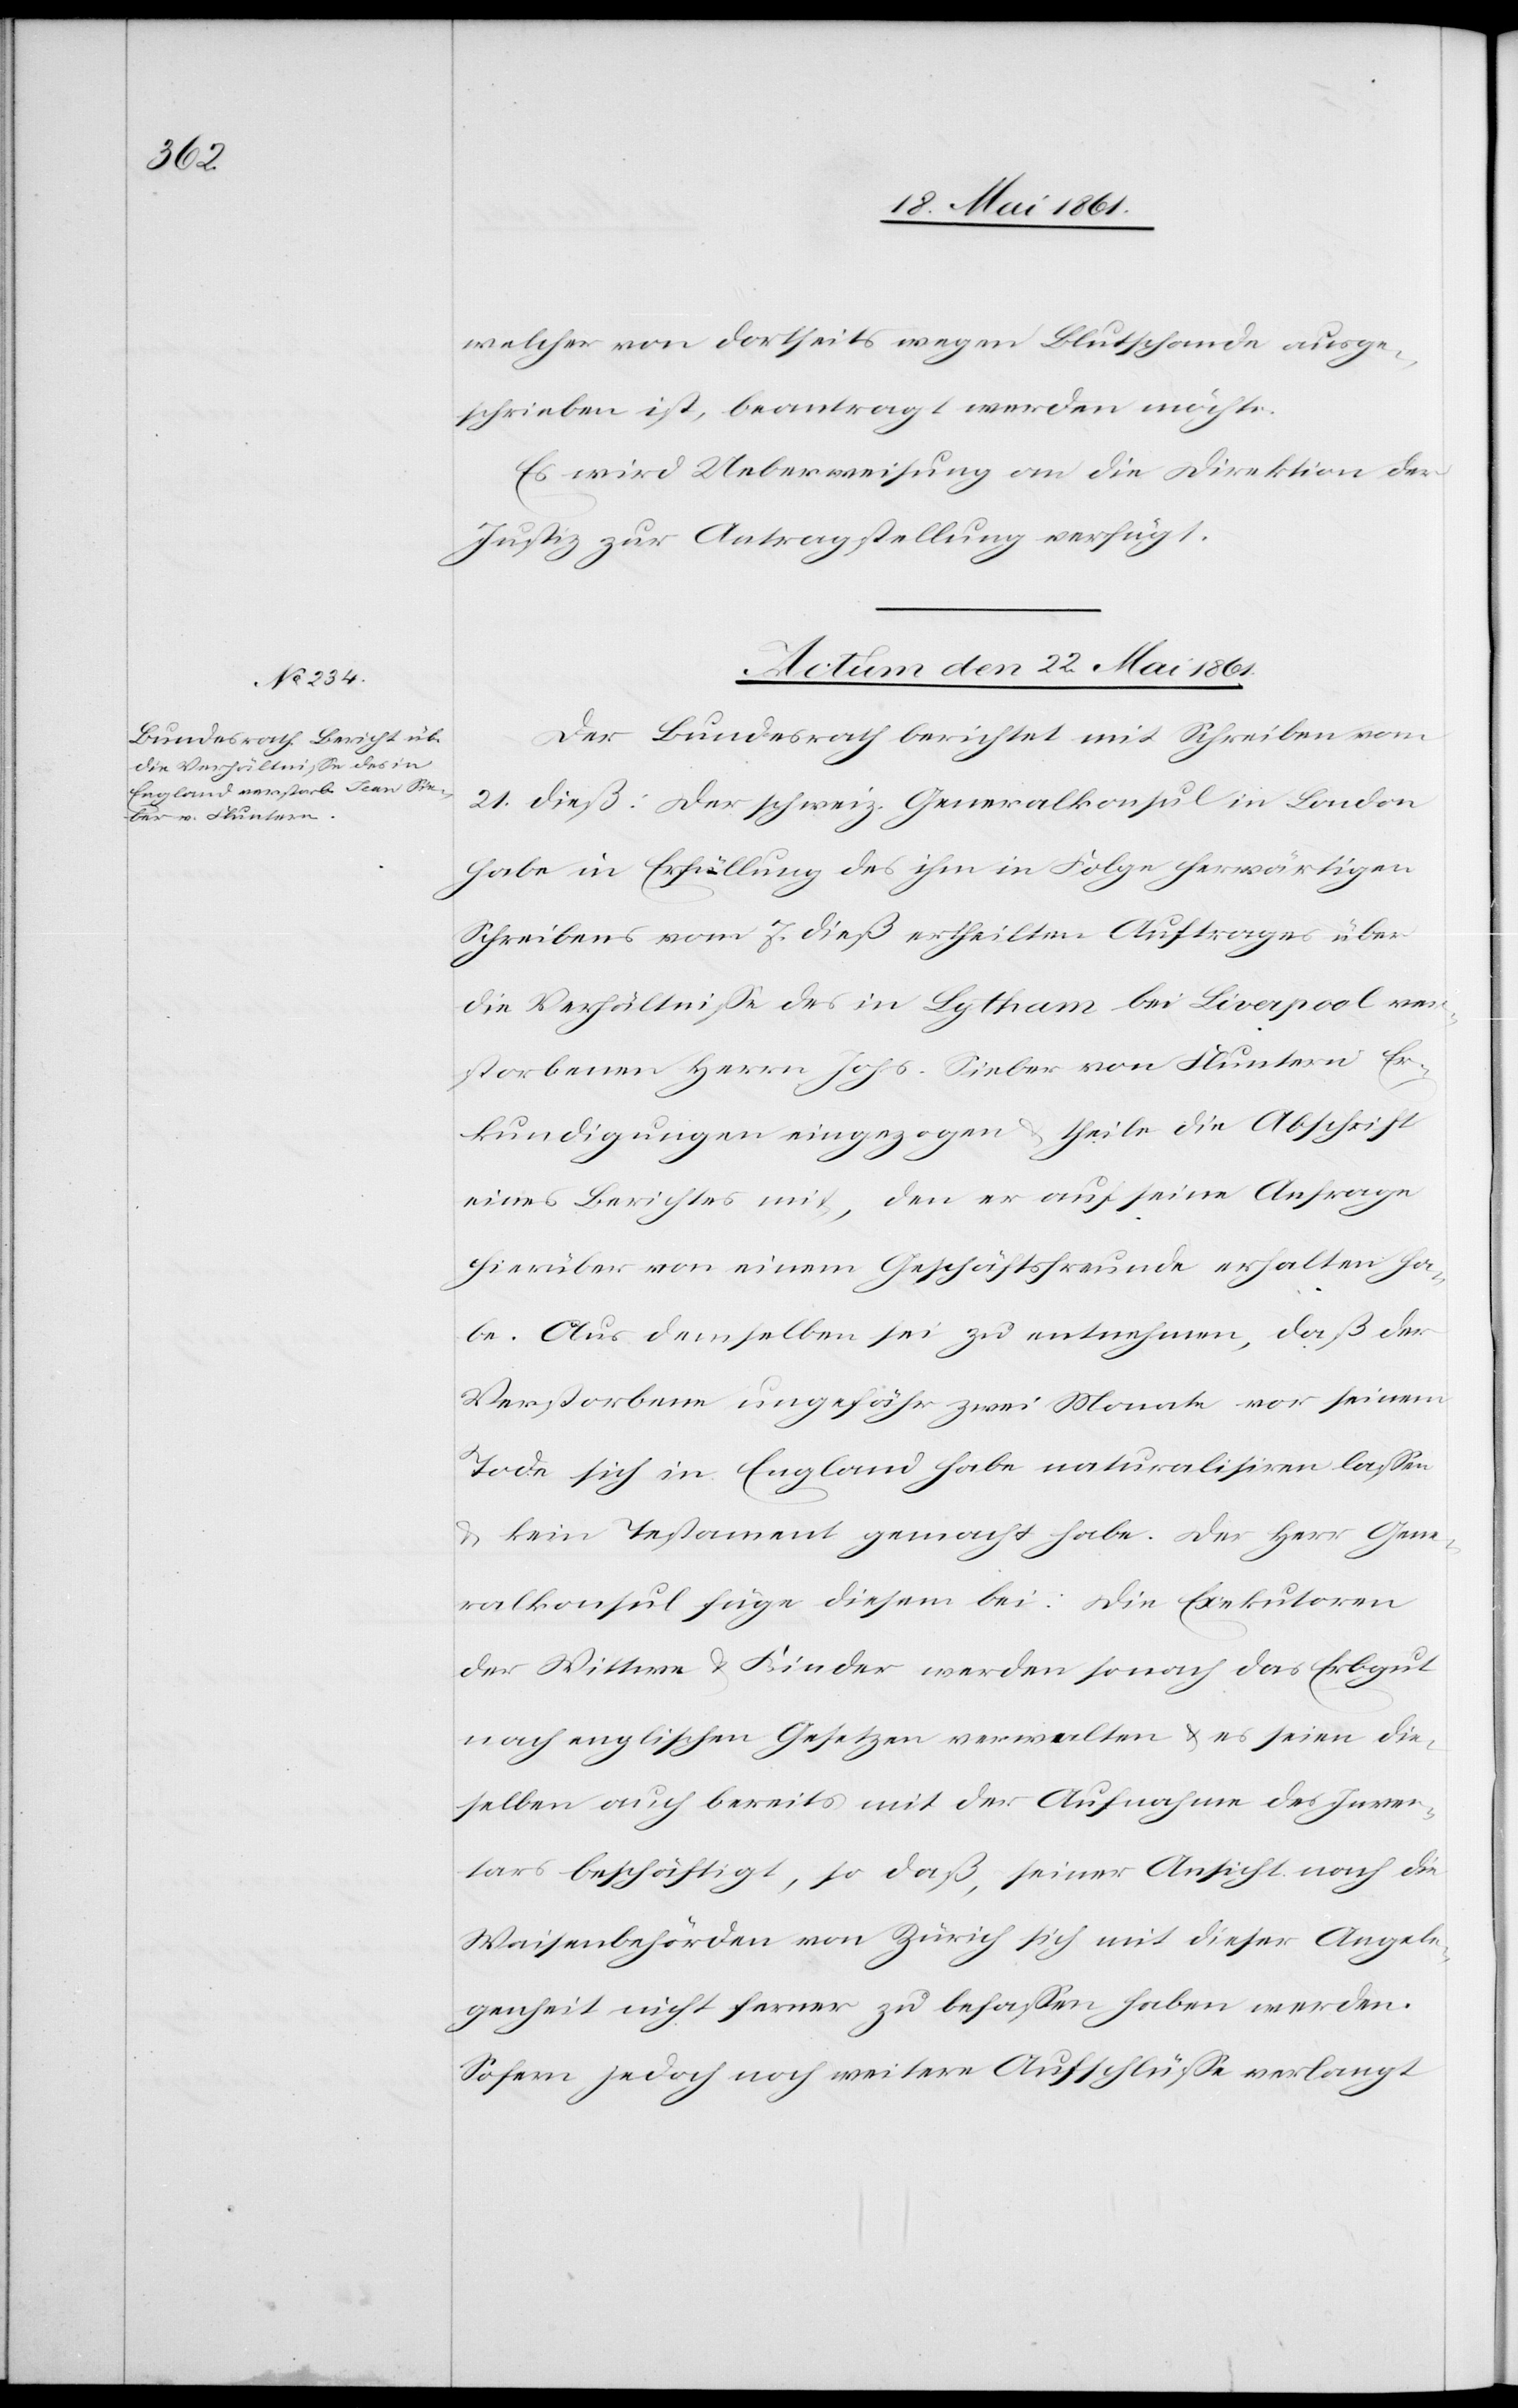
welcher von dortseits wegen Blutschande ausge¬
schrieben ist, beantragt werden möchte.
Es wird Ueberweisung an die Direktion der
Justiz zur Antragstellung verfügt.
Actum den 22. Mai
Der Bundesrath berichtet mit Schreiben vom
21. dieß: Der schweiz. Generalkonsul in London
habe in Erfüllung des ihm in Folge herwärtigen
Schreibens vom 7. dieß ertheilten Auftrages über
die Verhältnisse des in Lytham bei Liverpool ver¬
storbenen Herrn Johs. Sieber von Fluntern Er¬
kundigungen eingezogen u. theile die Abschrift
eines Berichtes mit, den er auf seine Anfrage
hierüber von einem Geschäftsfreunde erhalten ha¬
be. Aus demselben sei zu entnehmen, daß der
Verstorbene ungefähr zwei Monate vor seinem
Tode sich in England habe naturalisiren lassen
u. kein Testament gemacht habe. Der Herr Gene¬
ralkonsul füge diesem bei: Die Exekutoren
der Wittwe u. Kinder werden sonach das Erbgut
nach englischen Gesetzen verwalten u. es seien die¬
selben auch bereits mit der Aufnahme des Inven¬
tars beschäftigt, so daß, seiner Ansicht nach die
Waisenbehörden von Zürich sich mit dieser Angele¬
genheit nicht ferner zu befassen haben werden.
Sofern jedoch noch weitere Aufschlüsse verlangt